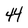
Character: 4